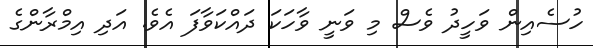
ހުސެއިން ވަހީދު ވެސް މި ވަނީ ވާހަކަ ދައްކަވާފަ އެވެ. އަދި އިމްރާންގެ